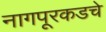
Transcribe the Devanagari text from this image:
नागपूरकडचे